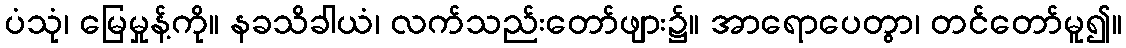
ပံသုံ၊ မြေမှုန့်ကို။ နခသိခါယံ၊ လက်သည်းတော်ဖျား၌။ အာရောပေတွာ၊ တင်တော်မူ၍။